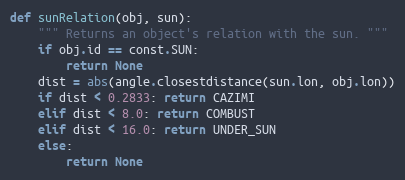
Language: Python
def sunRelation(obj, sun):
    """ Returns an object's relation with the sun. """
    if obj.id == const.SUN:
        return None
    dist = abs(angle.closestdistance(sun.lon, obj.lon))
    if dist < 0.2833: return CAZIMI
    elif dist < 8.0: return COMBUST
    elif dist < 16.0: return UNDER_SUN
    else:
        return None